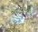
જનાવરની